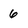
Character: 6